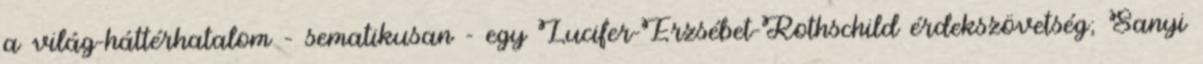
a világ-háttérhatalom – sematikusan - egy Lucifer-Erzsébet-Roth­schild érdekszövetség; Sanyi